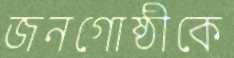
জনগোষ্ঠীকে